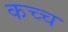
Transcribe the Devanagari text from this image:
कच्च